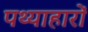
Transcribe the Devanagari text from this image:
पथ्याहारों